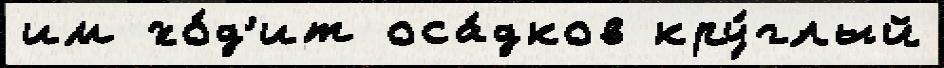
им хо́д'ит оса́дков кру́глый